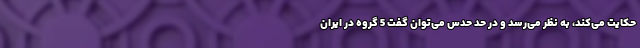
حکایت می‌کند، به نظر می‌رسد و در حد حدس می‌توان گفت 5 گروه در ایران